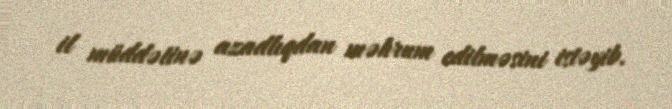
il müddətinə azadlıqdan məhrum edilməsini istəyib.